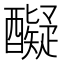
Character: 𮡇